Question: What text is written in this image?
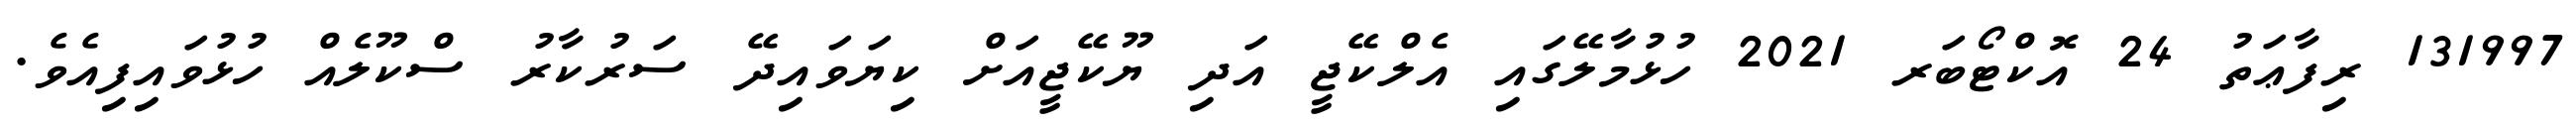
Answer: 131997 ރިފާޢަތު 24 އޮކްޓޯބަރ 2021 ހުޅުމާލޭގައި އެލްކޭޖީ އަދި ޔޫކޭޖީއަށް ކިޔަވައިދޭ ސަރުކާރު ސްކޫލެއް ހުޅުވައިފިއެވެ.